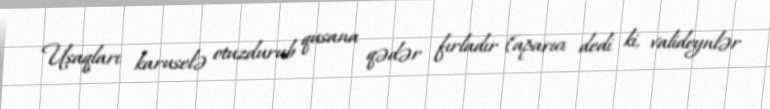
Uşaqları karuselə otuzdurub qusana qədər fırladır (aparıcı dedi ki, valideynlər